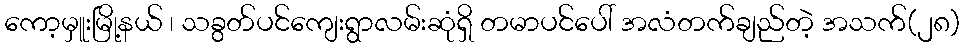
ကော့မှူးမြို့နယ် ၊ သခွတ်ပင်ကျေးရွာလမ်းဆုံရှိ တမာပင်ပေါ် အလံတက်ချည်တဲ့ အသက်(၂၈)